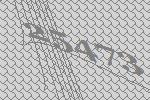
25473